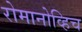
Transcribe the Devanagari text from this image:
रोमानोव्हिच